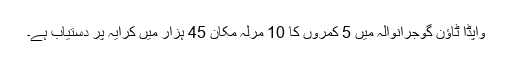
واپڈا ٹاؤن گوجرانوالہ میں 5 کمروں کا 10 مرلہ مکان 45 ہزار میں کرایہ پر دستیاب ہے۔